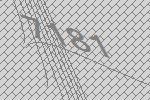
7181